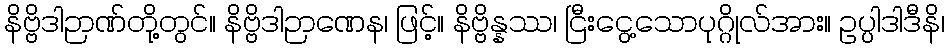
နိဗ္ဗိဒါဉာဏ်တို့တွင်။ နိဗ္ဗိဒါဉာဏေန၊ ဖြင့်။ နိဗ္ဗိန္နဿ၊ ငြီးငွေ့သောပုဂ္ဂိုလ်အား။ ဥပ္ပါဒါဒီနိ၊